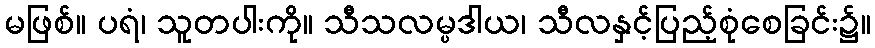
မဖြစ်။ ပရံ၊ သူတပါးကို။ သီသလမ္ပဒါယ၊ သီလနှင့်ပြည့်စုံစေခြင်း၌။